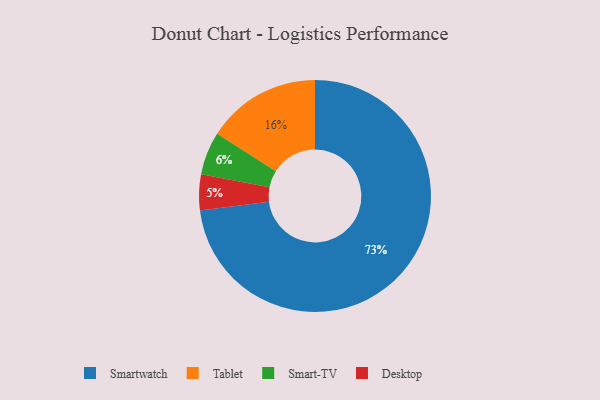
{"axis": {"x": "Category", "y": "Percentage"}, "legend": ["Desktop", "Smart-TV", "Smartwatch", "Tablet"], "data": [{"x": "Desktop", "y": 5, "type": "Desktop"}, {"x": "Smart-TV", "y": 6, "type": "Smart-TV"}, {"x": "Smartwatch", "y": 73, "type": "Smartwatch"}, {"x": "Tablet", "y": 16, "type": "Tablet"}]}